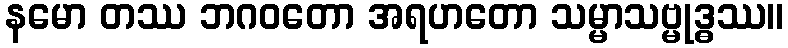
နမော တဿ ဘဂ၀တော အရဟတော သမ္မာသဗ္မုဒ္ဓဿ။